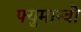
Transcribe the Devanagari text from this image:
फ्युमान्चो